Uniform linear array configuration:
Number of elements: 64
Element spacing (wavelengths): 1
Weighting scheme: hann
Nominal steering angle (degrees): -60
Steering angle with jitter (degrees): -61.198
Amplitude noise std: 0.05
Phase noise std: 0.05

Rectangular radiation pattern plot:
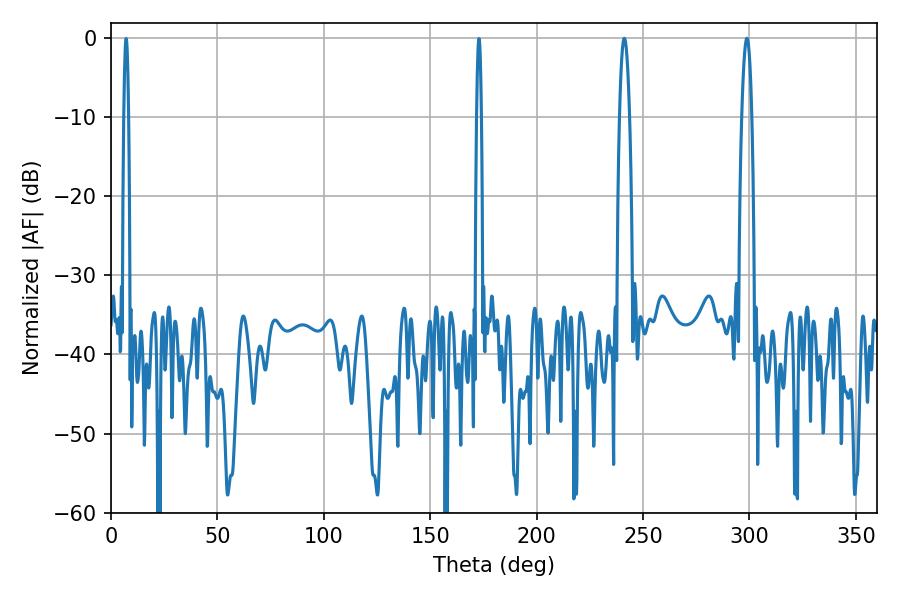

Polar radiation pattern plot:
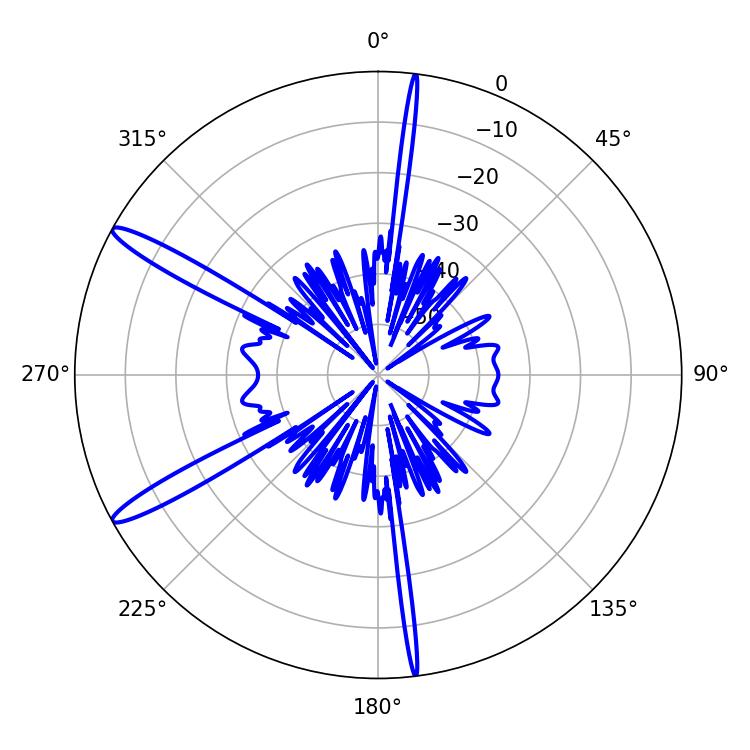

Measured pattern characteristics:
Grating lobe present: TRUE
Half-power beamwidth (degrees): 2.52
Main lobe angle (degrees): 241.2